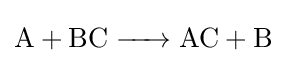
{\ce {A + BC -> AC + B}}